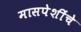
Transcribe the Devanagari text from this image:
मासपेशींचे